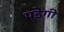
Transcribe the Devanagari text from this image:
पडेगी